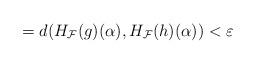
LaTeX: \begin{align*}=d(H_{\mathcal{F}}(g)(\alpha ),H_{\mathcal{F}}(h)(\alpha ))<\varepsilon \end{align*}